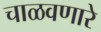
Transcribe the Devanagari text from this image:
चाळवणारे